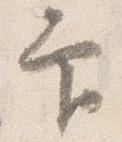
印